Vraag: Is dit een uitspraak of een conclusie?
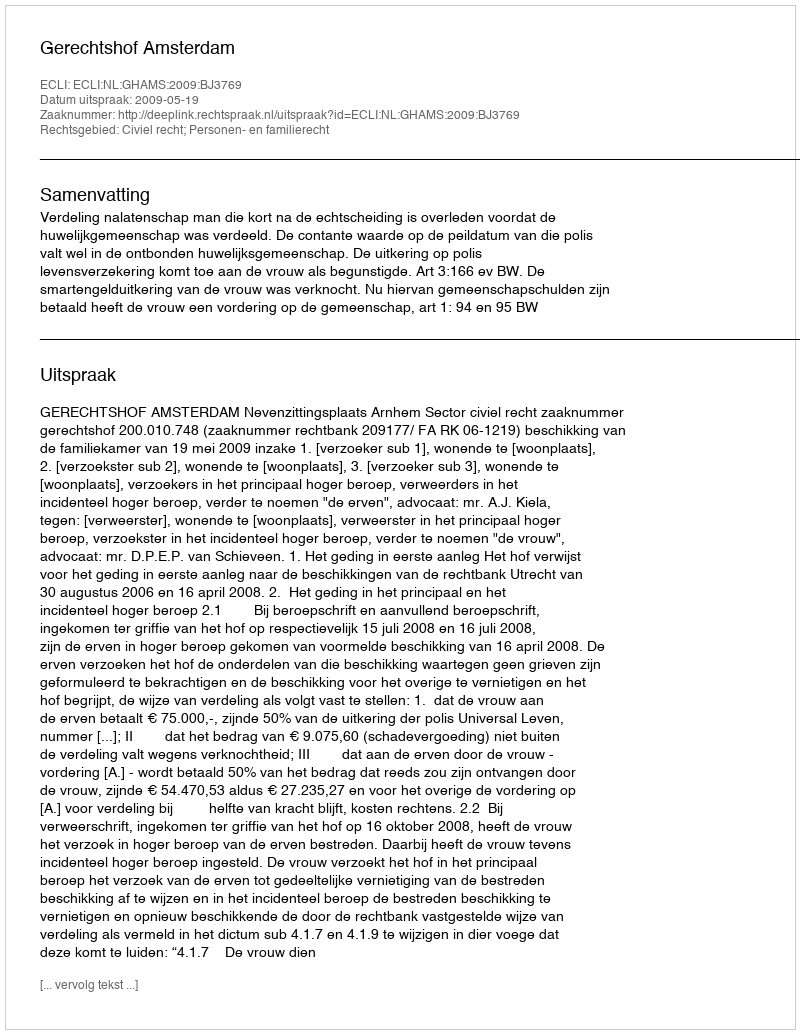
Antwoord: Uitspraak